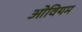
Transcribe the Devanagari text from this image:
ओवियम